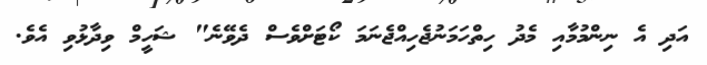
އަދި އެ ނިންމުމާއި މެދު ހިތްހަމަނުޖެހިއްޖެނަމަ ކޯޓަށްވެސް ދެވޭނެ" ޝަހީމް ވިދާޅުވި އެވެ.